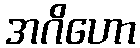
အဂိဟော